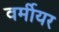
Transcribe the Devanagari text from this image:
वर्मीयर